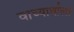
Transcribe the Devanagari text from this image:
वाच्यार्थाला